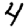
Digit: 4